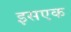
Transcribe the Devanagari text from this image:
इसएक